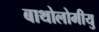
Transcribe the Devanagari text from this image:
बाथोलोमीयु